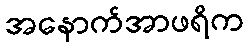
အနောက်အာဖရိက